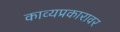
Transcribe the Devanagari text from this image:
काव्यप्रकारावर